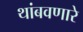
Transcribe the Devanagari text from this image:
थांबवणारे